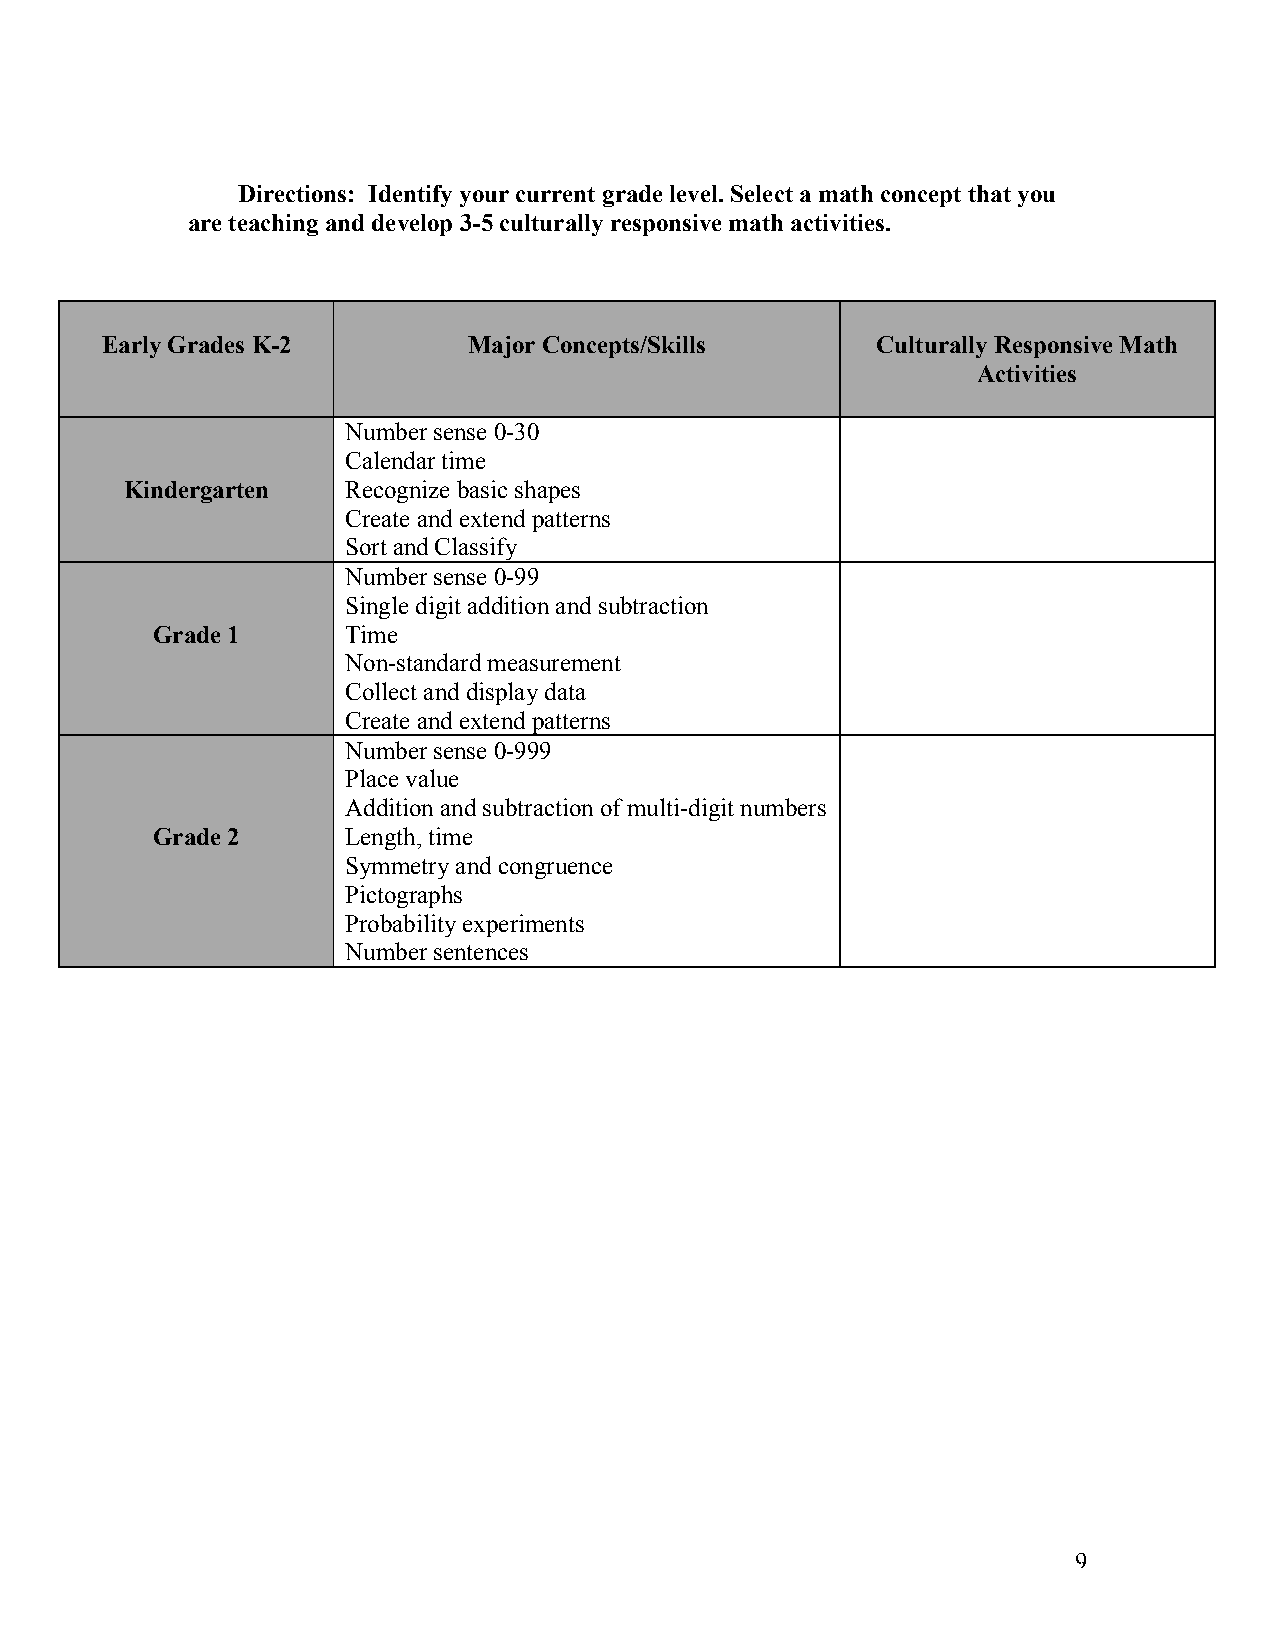
Directions: Identify your current grade level. Select a math concept that you
 are teaching and develop 3-5 culturally responsive math activities.
 Early Grades K-2        Major Concepts/Skills      Culturally Responsive Math
 Activities
 Number sense 0-30
 Calendar time
 Kindergarten   Recognize basic shapes
 Create and extend patterns
 Sort and Classify
 Number sense 0-99
 Single digit addition and subtraction
 Grade 1      Time
 Non-standard measurement
 Collect and display data
 Create and extend patterns
 Number sense 0-999
 Place value
 Addition and subtraction of multi-digit numbers
 Grade 2      Length, time
 Symmetry and congruence
 Pictographs
 Probability experiments
 Number sentences
 9